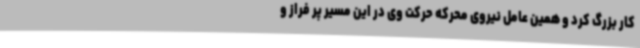
کار بزرگ کرد و همین عامل نیروی محرکه حرکت وی در این مسیر پر فراز و